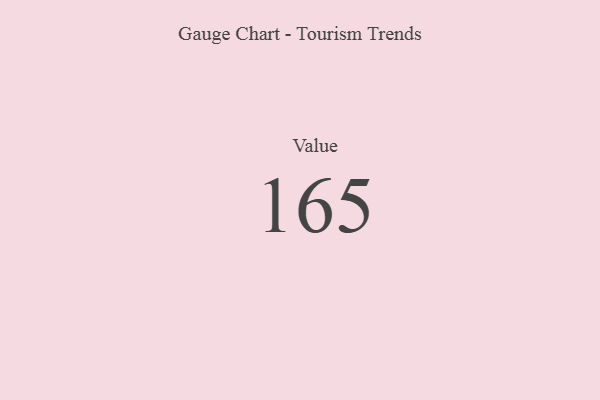
{"axis": {"x": "Metric", "y": "Value"}, "legend": [""], "data": [{"x": "Value", "y": 165, "type": ""}]}